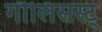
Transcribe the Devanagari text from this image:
गौलिसस्ट्